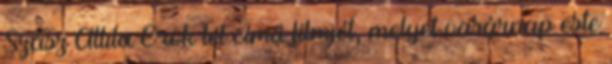
Szász Attila Örök tél című filmjét, melyet vasárnap este